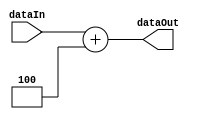
module adder4(dataIn, dataOut);
input [31:0] dataIn;
output reg [31:0] dataOut;
always @ (dataIn) 
	begin
		dataOut = dataIn + 32'd4;
   end
endmodule